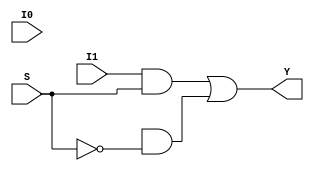
module MUX21(Y, I0, I1, S);

output Y;
input I0, I1, S;
wire T1, T2, Sbar;

not (Sbar, S);
and (T1, I1, S);
and (T2, T0, Sbar);
or (Y, T1, T2);

endmodule